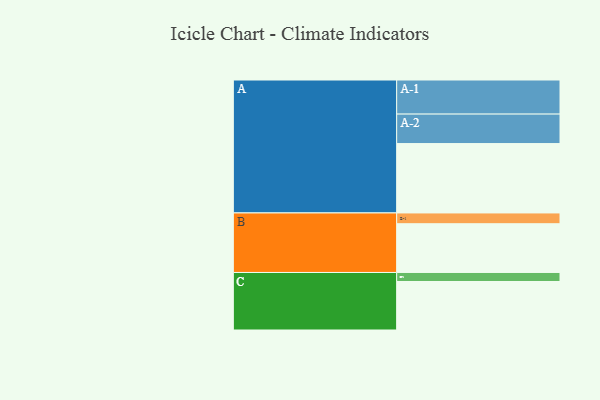
{"axis": {"x": "Segment", "y": "Value"}, "legend": ["", "A", "B", "C"], "data": [{"x": "A", "y": 515, "type": ""}, {"x": "B", "y": 362, "type": ""}, {"x": "C", "y": 360, "type": ""}, {"x": "A-1", "y": 253, "type": "A"}, {"x": "A-2", "y": 219, "type": "A"}, {"x": "B-1", "y": 80, "type": "B"}, {"x": "C-1", "y": 67, "type": "C"}]}